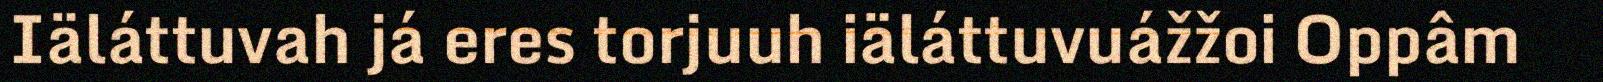
Iäláttuvah já eres torjuuh iäláttuvuážžoi Oppâm